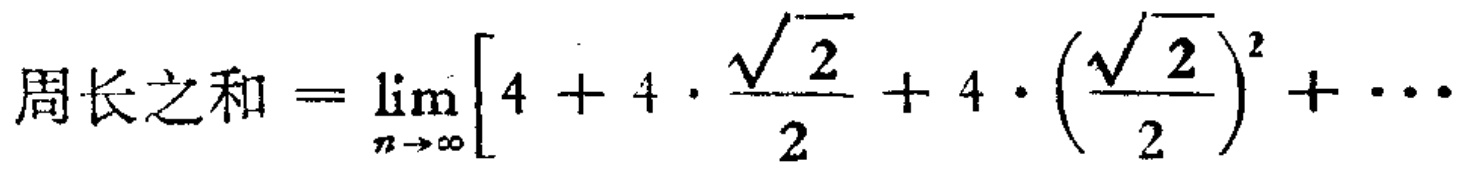
周长之和 \(=\lim_{n \to \infty}\left[4 + 4\cdot\frac{\sqrt{2}}{2}+4\cdot\left(\frac{\sqrt{2}}{2}\right)^{2}+\cdots\right]\)